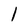
Character: 1